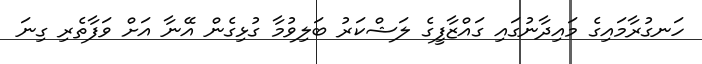
ހަނގުރާމައިގެ މައިދާނުގައި ގައްޒާފީގެ ލަޝްކަރު ބަލިވުމާ ގުޅިގެން އޭނާ އަށް ވަފާތެރި ގިނަ